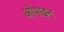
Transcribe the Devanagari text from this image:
ओपाइन